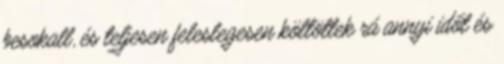
besokall, és teljesen feleslegesen költöttek rá annyi időt és